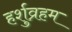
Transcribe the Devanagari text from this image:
हर्शुव्रहम